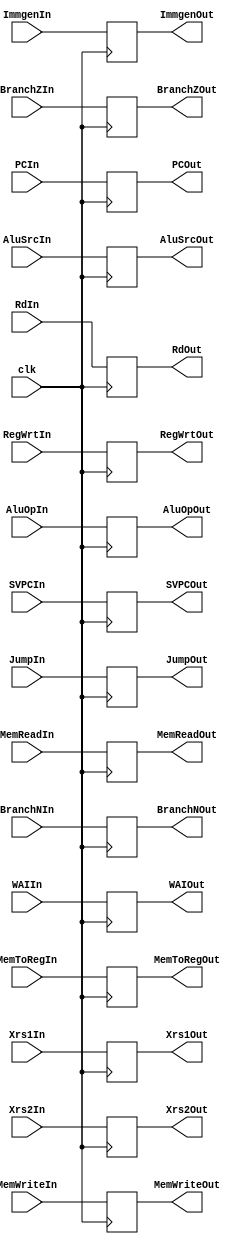
`timescale 1ns / 1ps
//////////////////////////////////////////////////////////////////////////////////
// Company: 
// Engineer: 
// 
// Design Name: 
// Module Name: buffer_idexmem
// Project Name: 
// Target Devices: 
// Tool Versions: 
// Description: 
// 
// Dependencies: 
// 
// Revision:
// Revision 0.01 - File Created
// Additional Comments:
// 
//////////////////////////////////////////////////////////////////////////////////


module idtoexmembuff(clk, RegWrtIn, SVPCIn, WAIIn, MemToRegIn, JumpIn, BranchNIn, BranchZIn, MemWriteIn, MemReadIn, AluOpIn, AluSrcIn, PCIn, Xrs1In, Xrs2In, ImmgenIn, RdIn, RegWrtOut, SVPCOut, WAIOut, MemToRegOut, JumpOut, BranchNOut, BranchZOut, MemWriteOut, MemReadOut, AluOpOut, AluSrcOut, PCOut, Xrs1Out, Xrs2Out, ImmgenOut, RdOut);

input clk;
input RegWrtIn, SVPCIn, WAIIn, MemToRegIn, JumpIn, BranchNIn, BranchZIn, MemWriteIn, MemReadIn, AluSrcIn;
input [2:0] AluOpIn;
input [31:0] PCIn, Xrs1In, Xrs2In, ImmgenIn;
input [5:0] RdIn;

output reg RegWrtOut, SVPCOut, WAIOut, MemToRegOut, JumpOut, BranchNOut, BranchZOut, MemWriteOut, MemReadOut, AluSrcOut;
output reg [2:0]AluOpOut;  
output reg [31:0] PCOut, Xrs1Out, Xrs2Out, ImmgenOut;
output reg [5:0] RdOut;

initial 
begin
    RegWrtOut = 0; 
    SVPCOut = 0; 
    WAIOut = 0;
    MemToRegOut = 0;
    JumpOut = 0;
    BranchNOut = 0;
    BranchZOut = 0;
    MemWriteOut = 0;
    MemReadOut = 0;
    AluOpOut = 0;
    AluSrcOut = 0;
    PCOut = 0;
    Xrs1Out = 0;
    Xrs2Out = 0;
    ImmgenOut = 0;
    RdOut = 0;
end

always@(posedge clk)
begin
    RegWrtOut = RegWrtIn; 
    SVPCOut = SVPCIn; 
    WAIOut = WAIIn;
    MemToRegOut = MemToRegIn;
    JumpOut = JumpIn;
    BranchNOut = BranchNIn;
    BranchZOut = BranchZIn;
    MemWriteOut = MemWriteIn;
    MemReadOut = MemReadIn;
    AluOpOut = AluOpIn;
    AluSrcOut = AluSrcIn;
    PCOut = PCIn;
    Xrs1Out = Xrs1In;
    Xrs2Out = Xrs2In;
    ImmgenOut = ImmgenIn;
    RdOut = RdIn;
end

endmodule